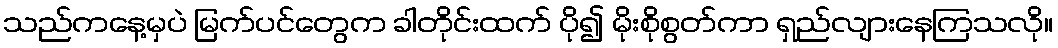
သည်ကနေ့မှပဲ မြက်ပင်တွေက ခါတိုင်းထက် ပို၍ မိုးစိုစွတ်ကာ ရှည်လျားနေကြသလို။